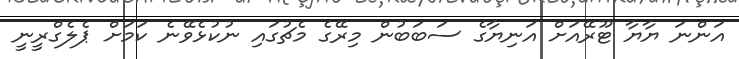
އަންނަ ޔާޔާ ޓޫރޭއަށް އަނިޔާގެ ސަބަބުން މިރޭގެ މެޗުގައި ނުކުޅެވޭނެ ކަމަށް ޕެލެގްރީނީ